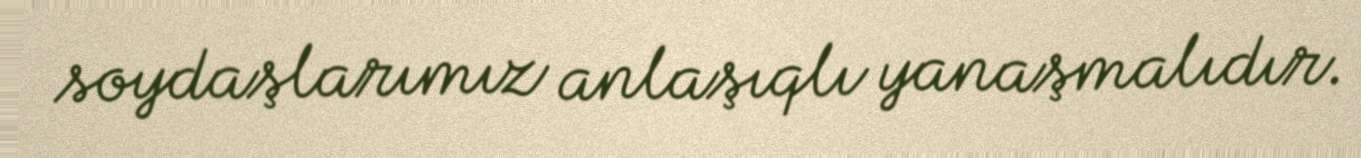
soydaşlarımız anlaşıqlı yanaşmalıdır.